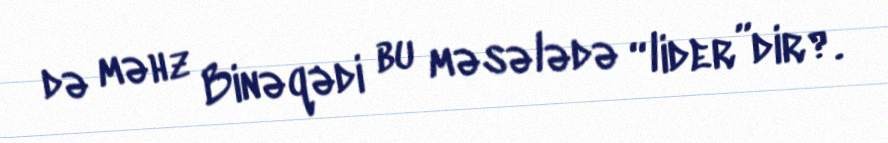
də məhz Binəqədi bu məsələdə “lider”dir?.